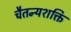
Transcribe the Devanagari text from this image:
चैतन्यशक्ति